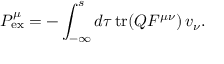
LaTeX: { P } _ { \mathrm { e x } } ^ { \mu } = - \int _ { - \infty } ^ { s } d \tau \, \mathrm { t r } ( Q F ^ { \mu \nu } ) \, v _ { \nu } .